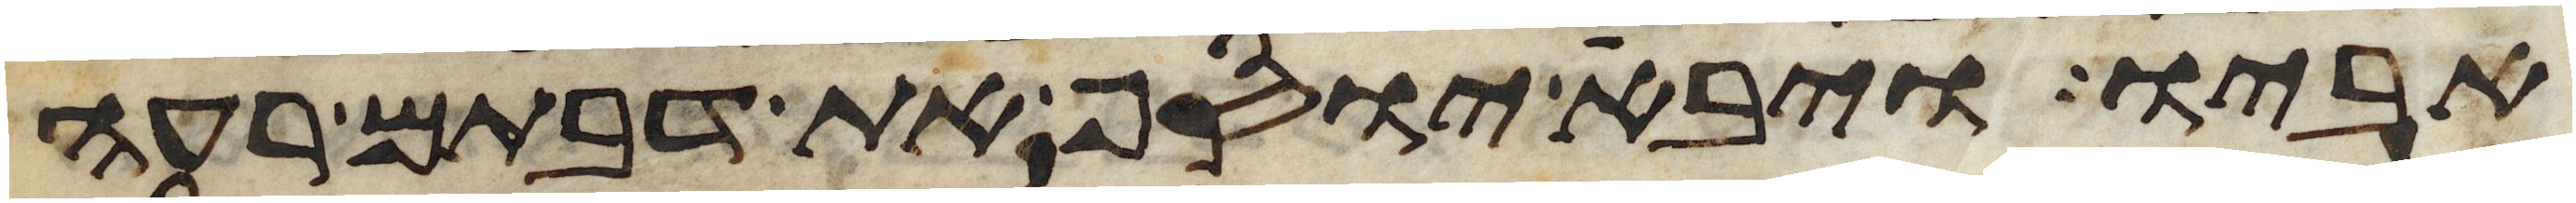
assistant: אביו ויבא יוסף את דבתם רעה